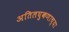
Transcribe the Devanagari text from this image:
अतिलघुकणाच्या